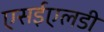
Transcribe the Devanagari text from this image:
एसईएलडी